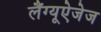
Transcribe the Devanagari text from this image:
लैंग्यूऐजेज